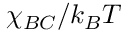
\chi _ { B C } / k _ { B } T